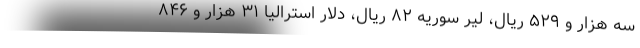
سه هزار و ۵۲۹ ریال، لیر سوریه ۸۲ ریال، دلار استرالیا ۳۱ هزار و ۸۴۶